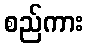
စည်ကား